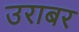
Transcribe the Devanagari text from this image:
उराबर